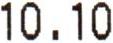
10.10